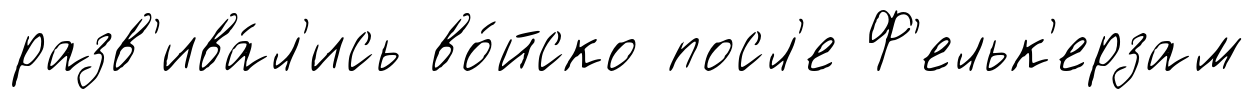
разв'ива́л'ись во́йско посл'е Ф'ельк'ерзам